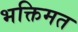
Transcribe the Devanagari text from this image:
भक्तिमत